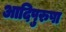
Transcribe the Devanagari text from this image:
आदिपुरुषा